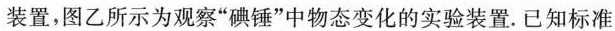
装置，图乙所示为观察”碘锤”中物态变化的实验装置。已知标准